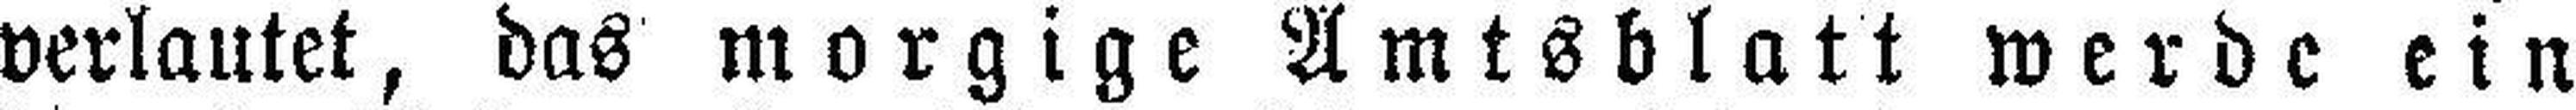
verlautet, das morgige Amtsblatt werde ein